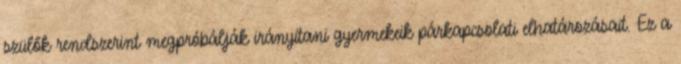
szülők rendszerint megpróbálják irányítani gyermekeik párkapcsolati elhatározásait. Ez a